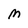
Character: M